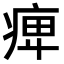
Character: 𤷒